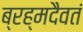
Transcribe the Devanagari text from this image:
ब्रह्मदैवतं